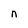
Character: n